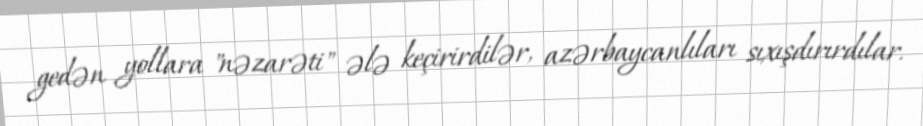
gedən yollara "nəzarəti" ələ keçirirdilər, azərbaycanlıları sıxışdırırdılar.